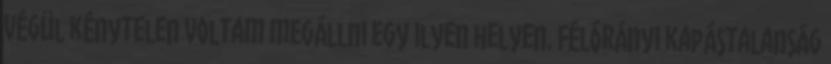
végül kénytelen voltam megállni egy ilyen helyen. Félórányi kapástalanság